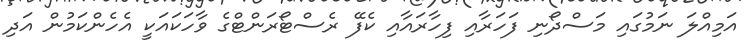
އަމިއްލަ ނަމުގައި މަސްދޯނި ފަހަރާއި ފިހާރައާއި ކެފޭ ރެސްޓޯރަންޓްގެ ވާހަކައަކީ އެހެންކަމުން އަދި